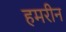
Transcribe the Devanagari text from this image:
हमरीन